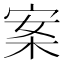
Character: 案